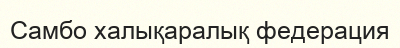
Самбо халықаралық федерация